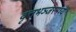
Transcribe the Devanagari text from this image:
वृत्तभञ्जरमध्ये